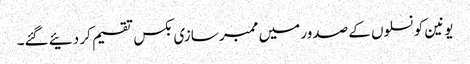
یونین کونسلوں کے صدور میں ممبر سازی بکس تقسیم کر دئیے گئے۔